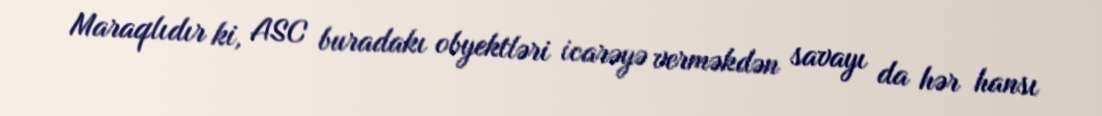
Maraqlıdır ki, ASC buradakı obyektləri icarəyə verməkdən savayı da hər hansı